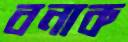
বনাক